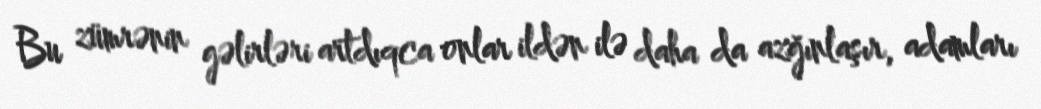
Bu zümrənin gəlirləri artdıqca onlar ildən ilə daha da azğınlaşır, adamları